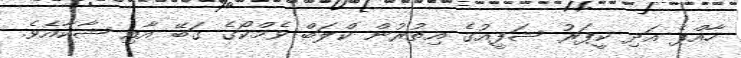
ހާއްޕެ އަދި ކީޕަރު ޝަފީއުގެ އިތުރުން ކްލަބް ވެމްކޯގެ ގަބޭ އާއި ޝާކާއެވެ.